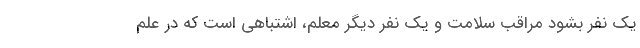
یک نفر بشود مراقب سلامت و یک نفر دیگر معلم، اشتباهی است که در علم